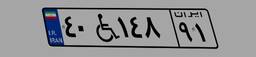
۹۳W۲۸۳۵۵